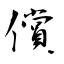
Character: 償